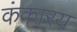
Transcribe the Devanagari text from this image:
कंकारय